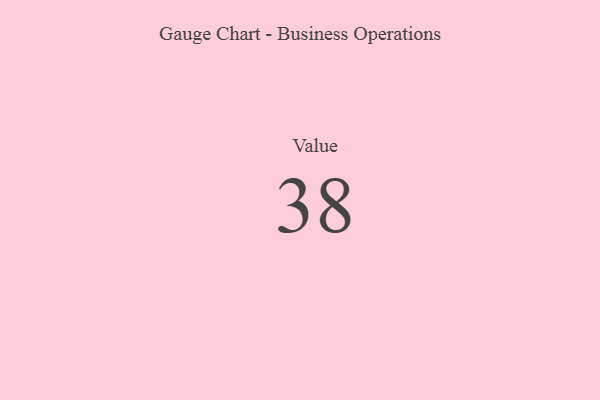
{"axis": {"x": "Metric", "y": "Value"}, "legend": [""], "data": [{"x": "Value", "y": 38, "type": ""}]}